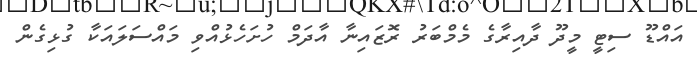
އައްޑޫ ސިޓީ މީދޫ ދާއިރާގެ މެމްބަރު ރޮޒައިނާ އާދަމް ހުށަހެޅުއްވި މައްސަލައަކާ ގުޅިގެން